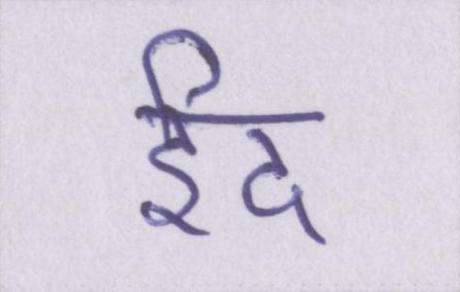
ईद